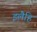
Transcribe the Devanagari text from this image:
इलैहि